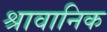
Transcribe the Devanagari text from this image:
श्रावानिक